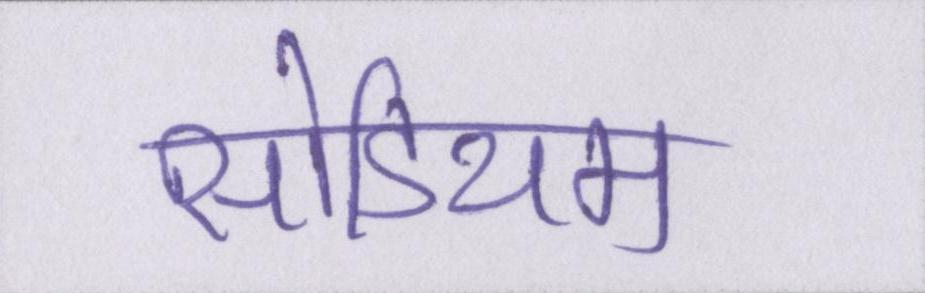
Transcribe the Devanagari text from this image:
सोडियम